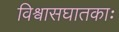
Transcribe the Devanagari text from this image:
विश्वासघातकाः